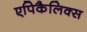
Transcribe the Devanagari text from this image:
एपिकैलिक्स